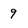
Character: 9